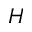
H